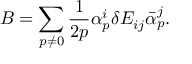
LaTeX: { \cal B } = \sum _ { p \neq 0 } \frac { 1 } { 2 p } \alpha _ { p } ^ { i } \delta E _ { i j } \bar { \alpha } _ { p } ^ { j } .